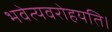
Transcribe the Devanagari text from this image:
भवेत्यवरोहयति।